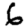
Digit: 6